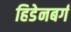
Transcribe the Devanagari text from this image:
हिडेनबर्ग